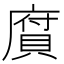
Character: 𢊾